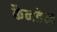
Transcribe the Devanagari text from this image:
कैनडेल